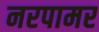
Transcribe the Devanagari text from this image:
नरपामर